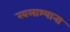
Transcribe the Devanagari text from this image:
खलाश्याना